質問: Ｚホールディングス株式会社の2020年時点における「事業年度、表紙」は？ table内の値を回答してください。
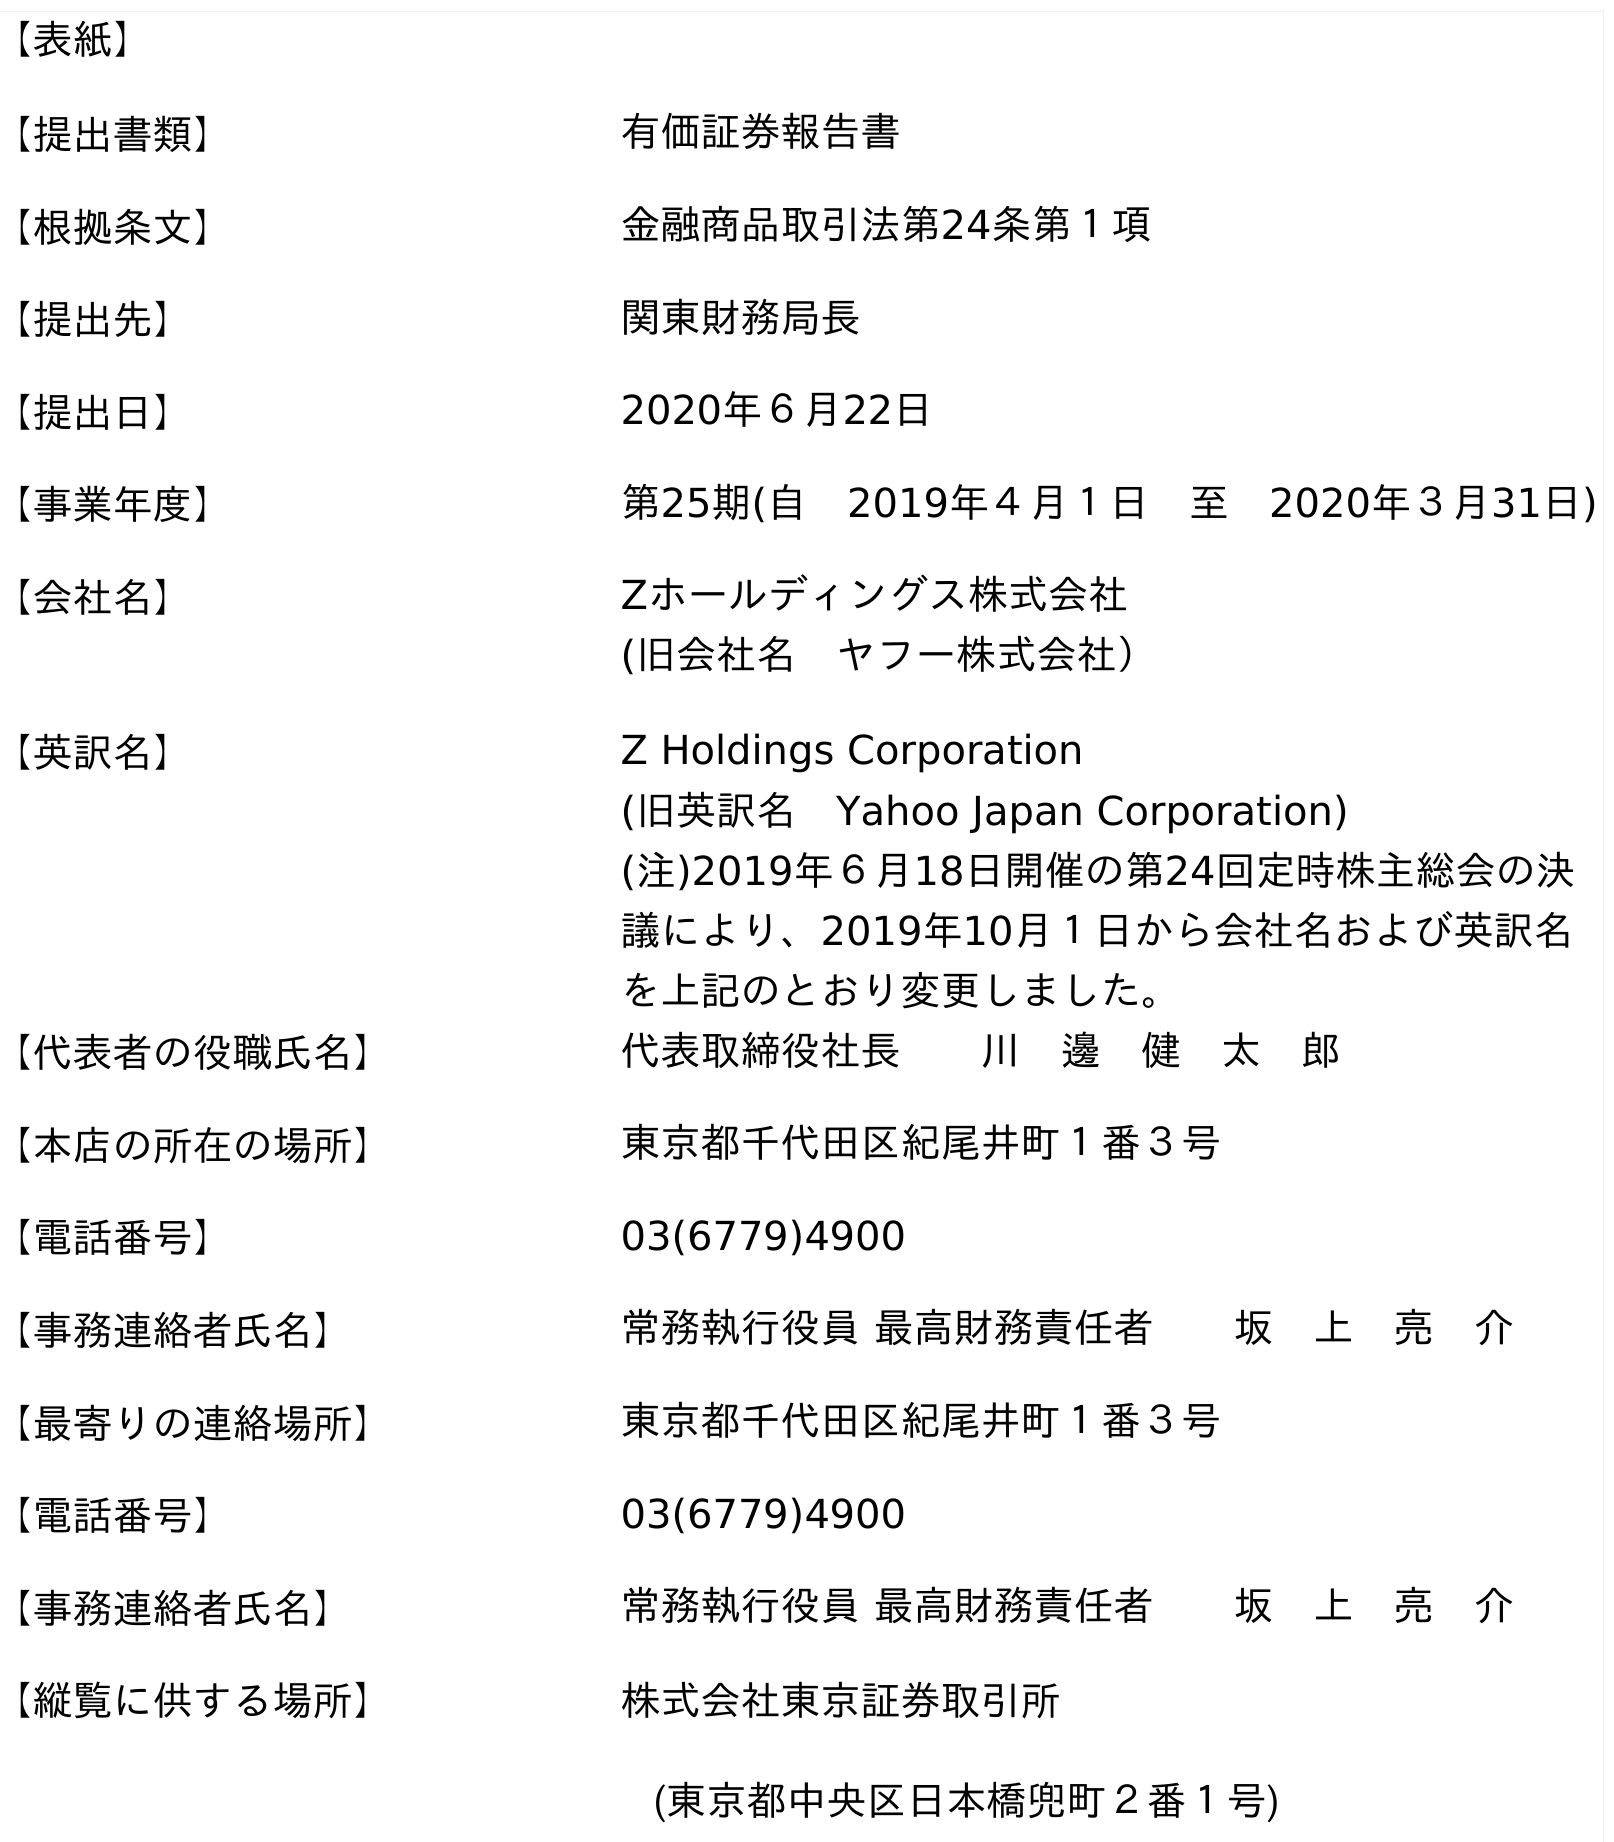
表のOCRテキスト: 【表紙】 【提出書類】 有価証券報告書 【根拠条文】 金融商品取引法第24条第１項 【提出先】 関東財務局長 【提出日】 2020年６月22日 【事業年度】 第25期(自 2019年４月１日 至 2020年３月31日) 【会社名】 Zホールディングス株式会社 (旧会社名 ヤフー株式会社） 【英訳名】 Z Holdings Corporation (旧英訳名 Yahoo Japan Corporation) (注)2019年６月18日開催の第24回定時株主総会の決 議により、2019年10月１日から会社名および英訳名 を上記のとおり変更しました。 【代表者の役職氏名】 代表取締役社長  川 邊 健 太 郎 【本店の所在の場所】 東京都千代田区紀尾井町１番３号 【電話番号】 03(6779)4900 【事務連絡者氏名】 常務執行役員 最高財務責任者  坂 上 亮 介 【最寄りの連絡場所】 東京都千代田区紀尾井町１番３号 【電話番号】 03(6779)4900 【事務連絡者氏名】 常務執行役員 最高財務責任者  坂 上 亮 介 【縦覧に供する場所】 株式会社東京証券取引所 (東京都中央区日本橋兜町２番１号)
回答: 第25期(自　2019年４月１日　至　2020年３月31日)